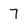
Character: 7